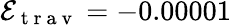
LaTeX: \mathcal{E}_{\mathrm{~t~r~a~v~}}=-0.00001